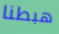
هبطنا